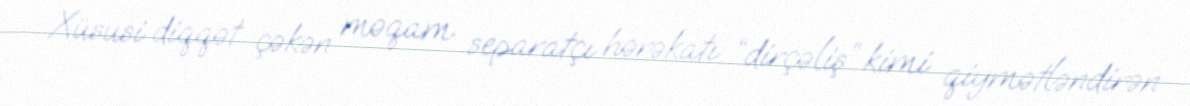
Xüsusi diqqət çəkən məqam separatçı hərəkatı “dirçəliş” kimi qiymətləndirən